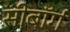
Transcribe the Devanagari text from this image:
सीबॉर्ग